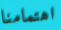
اهتمامنا